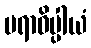
ပရာဓိပ္ပါယံ